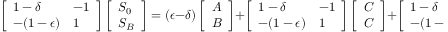
\left[ \begin{array} { l l } { 1 - \delta } & { - 1 } \\ { - ( 1 - \epsilon ) } & { 1 } \end{array} \right] \left[ \begin{array} { l } { S _ { 0 } } \\ { S _ { B } } \end{array} \right] = ( \epsilon - \delta ) \left[ \begin{array} { l } { A } \\ { B } \end{array} \right] + \left[ \begin{array} { l l } { 1 - \delta } & { - 1 } \\ { - ( 1 - \epsilon ) } & { 1 } \end{array} \right] \left[ \begin{array} { l } { C } \\ { C } \end{array} \right] + \left[ \begin{array} { l l } { 1 - \delta } & { - 1 } \\ { - ( 1 - \epsilon ) } & { 1 } \end{array} \right] \left[ \begin{array} { l } { \eta _ { 0 } } \\ { \eta _ { B } } \end{array} \right] .